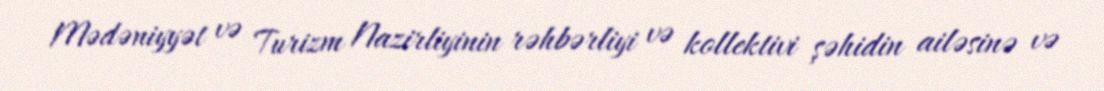
Mədəniyyət və Turizm Nazirliyinin rəhbərliyi və kollektivi şəhidin ailəsinə və